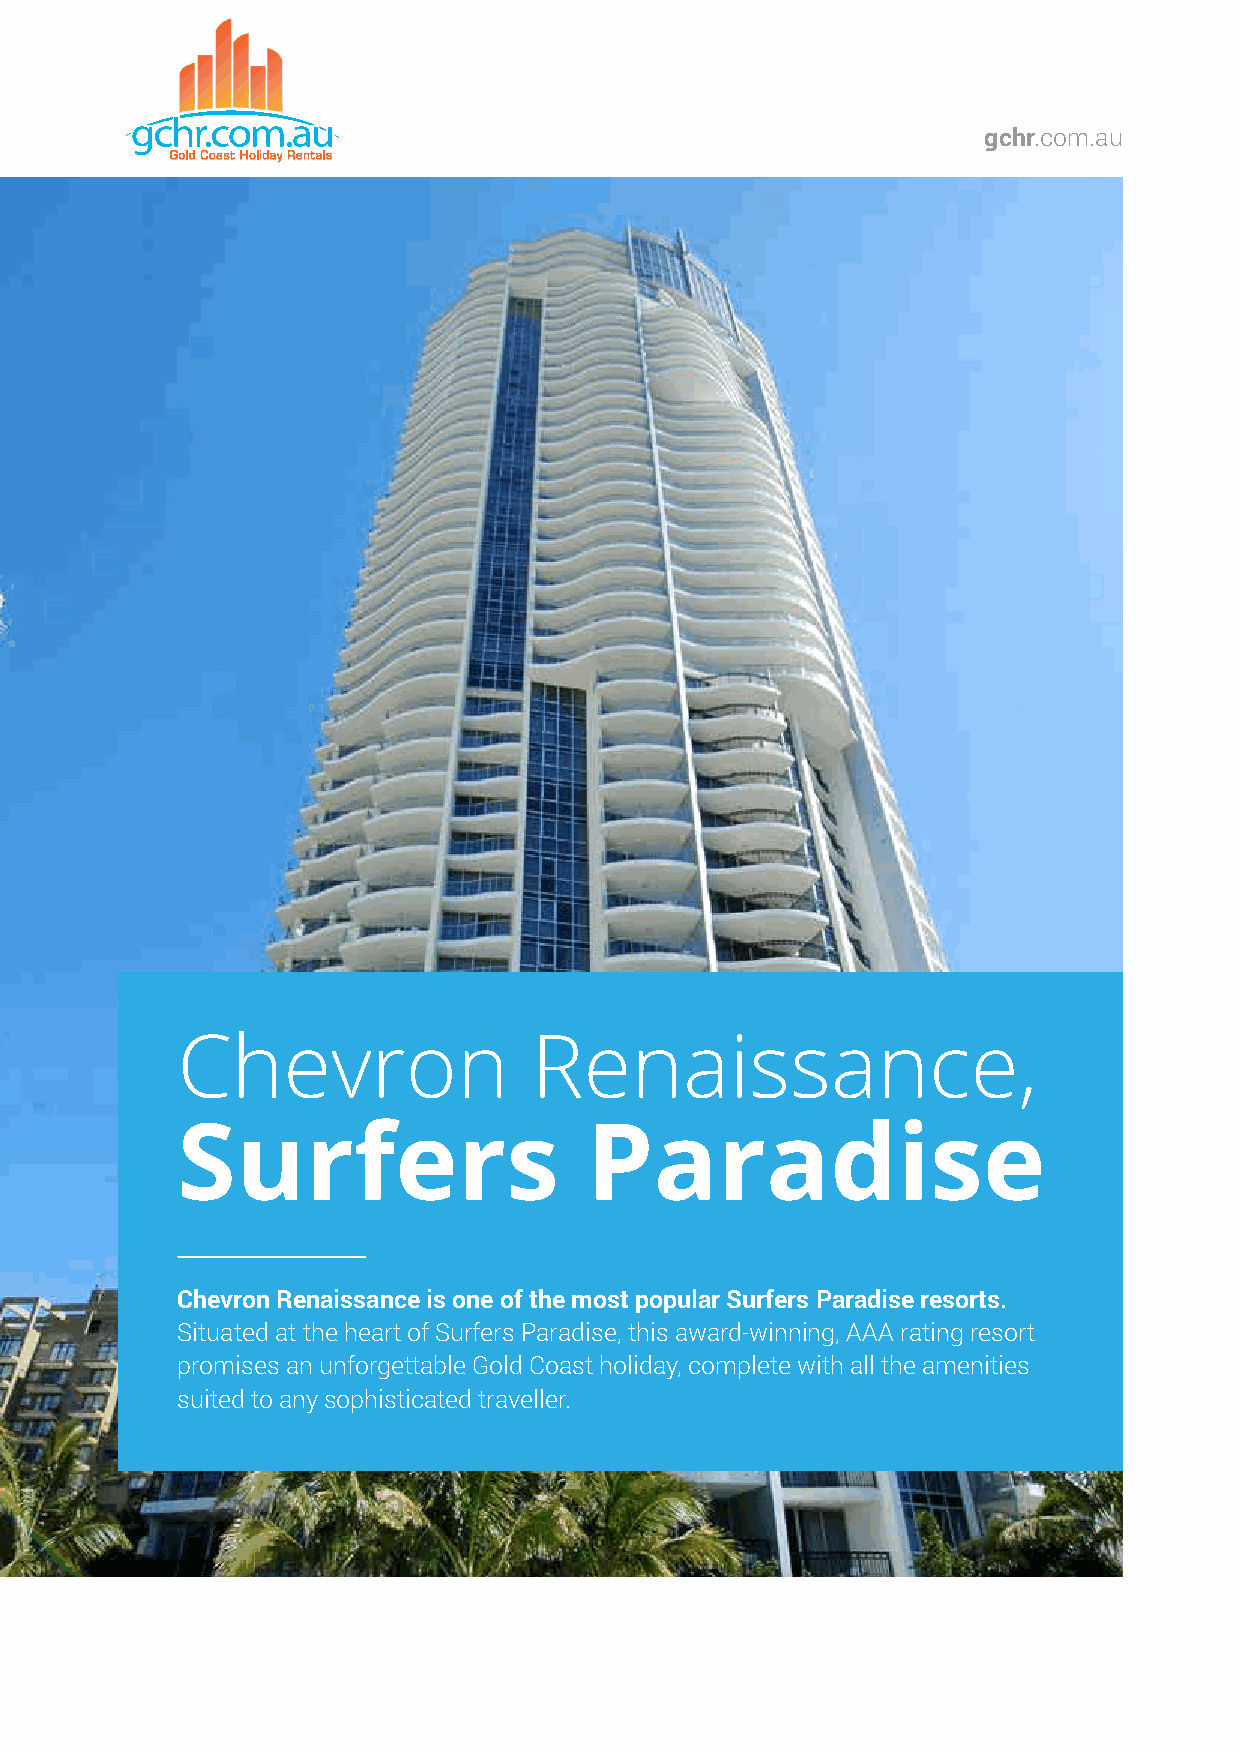
1
 gchr.com.au
 Chevron                Renaissance,
 Surfers                    Paradise
 Chevron Renaissance is one of the most popular Surfers Paradise resorts.
 Situated at the heart of Surfers Paradise, this award-winning, AAA rating resort
 promises an unforgettable Gold Coast holiday, complete with all the amenities
 suited to any sophisticated traveller.